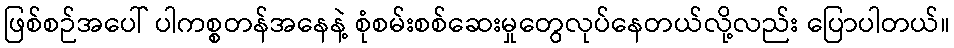
ဖြစ်စဉ်အပေါ် ပါကစ္စတန်အနေနဲ့ စုံစမ်းစစ်ဆေးမှုတွေလုပ်နေတယ်လို့လည်း ပြောပါတယ်။